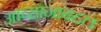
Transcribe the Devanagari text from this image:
आव्हानांबद्दल